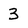
Character: 3